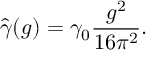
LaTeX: \hat { \gamma } ( g ) = \gamma _ { 0 } \frac { g ^ { 2 } } { 1 6 \pi ^ { 2 } } .